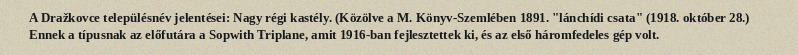
A Dražkovce településnév jelentései: Nagy régi kastély. (Közölve a M. Könyv-Szemlében 1891. "lánchídi csata" (1918. október 28.) Ennek a típusnak az előfutára a Sopwith Triplane, amit 1916-ban fejlesztettek ki, és az első háromfedeles gép volt.